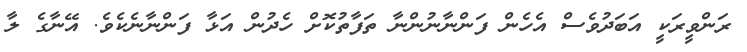
ރަންވީރަކީ އަބަދުވެސް އެހެން ފަންނާނުންނާ ތަފާތުކޮށް ހެދުން އަޅާ ފަންނާނެކެވެ. އޭނާގެ ލާ